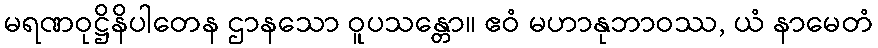
မရဏဝုဋ္ဌိနိပါတေန ဌာနသော ဝူပသန္တော။ ဧဝံ မဟာနုဘာဝဿ, ယံ နာမေတံ